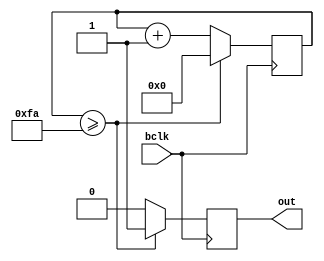
module bclk(
    input  bclk,
    output out
);

reg pulse;
reg [7:0] count = 0;

always @(negedge bclk)
    if (count >= 250) begin
        pulse = 1;
        count = 0;
    end
    else begin
        pulse = 0;
        count = count + 1;
    end

assign out = pulse;

endmodule